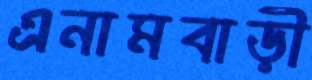
এনামবাড়ী